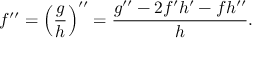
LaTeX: f ^ { \prime \prime } = \left( { \frac { g } { h } } \right) ^ { \prime \prime } = { \frac { g ^ { \prime \prime } - 2 f ^ { \prime } h ^ { \prime } - f h ^ { \prime \prime } } { h } } .